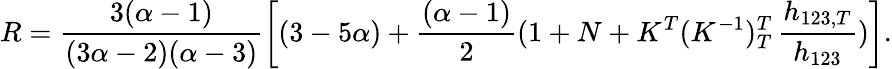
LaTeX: R=\frac{3(\alpha-1)}{(3\alpha-2)(\alpha-3)}\left[(3-5\alpha)+\frac{(\alpha-1)}{2}(1+N+K^{T}(K^{-1})_{T}^{T}\, \frac{h_{123,T}}{h_{123}})\right].